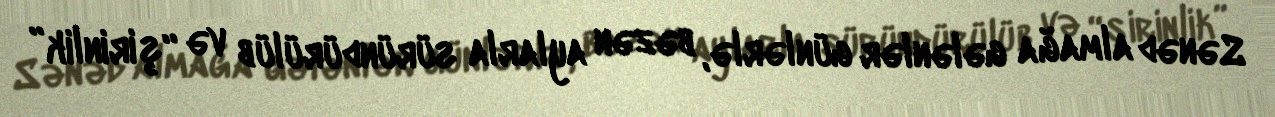
Sənəd almağa gələnlər günlərlə, bəzən aylarla süründürülüb və “şirinlik”